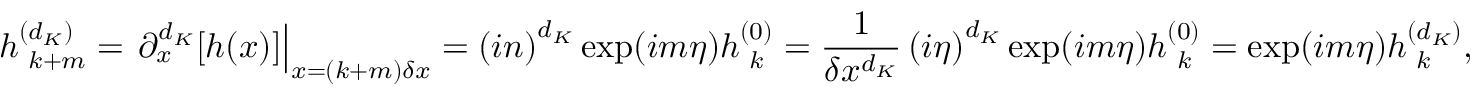
h _ { \hphantom { ( } k + m } ^ { ( d _ { K } ) } = \left. \partial _ { x } ^ { d _ { K } } [ h ( x ) ] \right| _ { x = ( k + m ) \delta x } = \left( i n \right) ^ { d _ { K } } \exp ( i m \eta ) h _ { \hphantom { ( } k } ^ { ( 0 ) } = \frac { 1 } { \delta x ^ { d _ { K } } } \left( i \eta \right) ^ { d _ { K } } \exp ( i m \eta ) h _ { \hphantom { ( } k } ^ { ( 0 ) } = \exp ( i m \eta ) h _ { \hphantom { ( } k } ^ { ( d _ { K } ) } ,